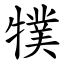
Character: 㹒